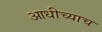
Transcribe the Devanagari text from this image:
आधीच्याच